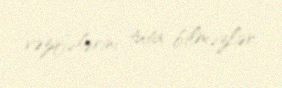
vəzifələrini tuta bilməzlər.